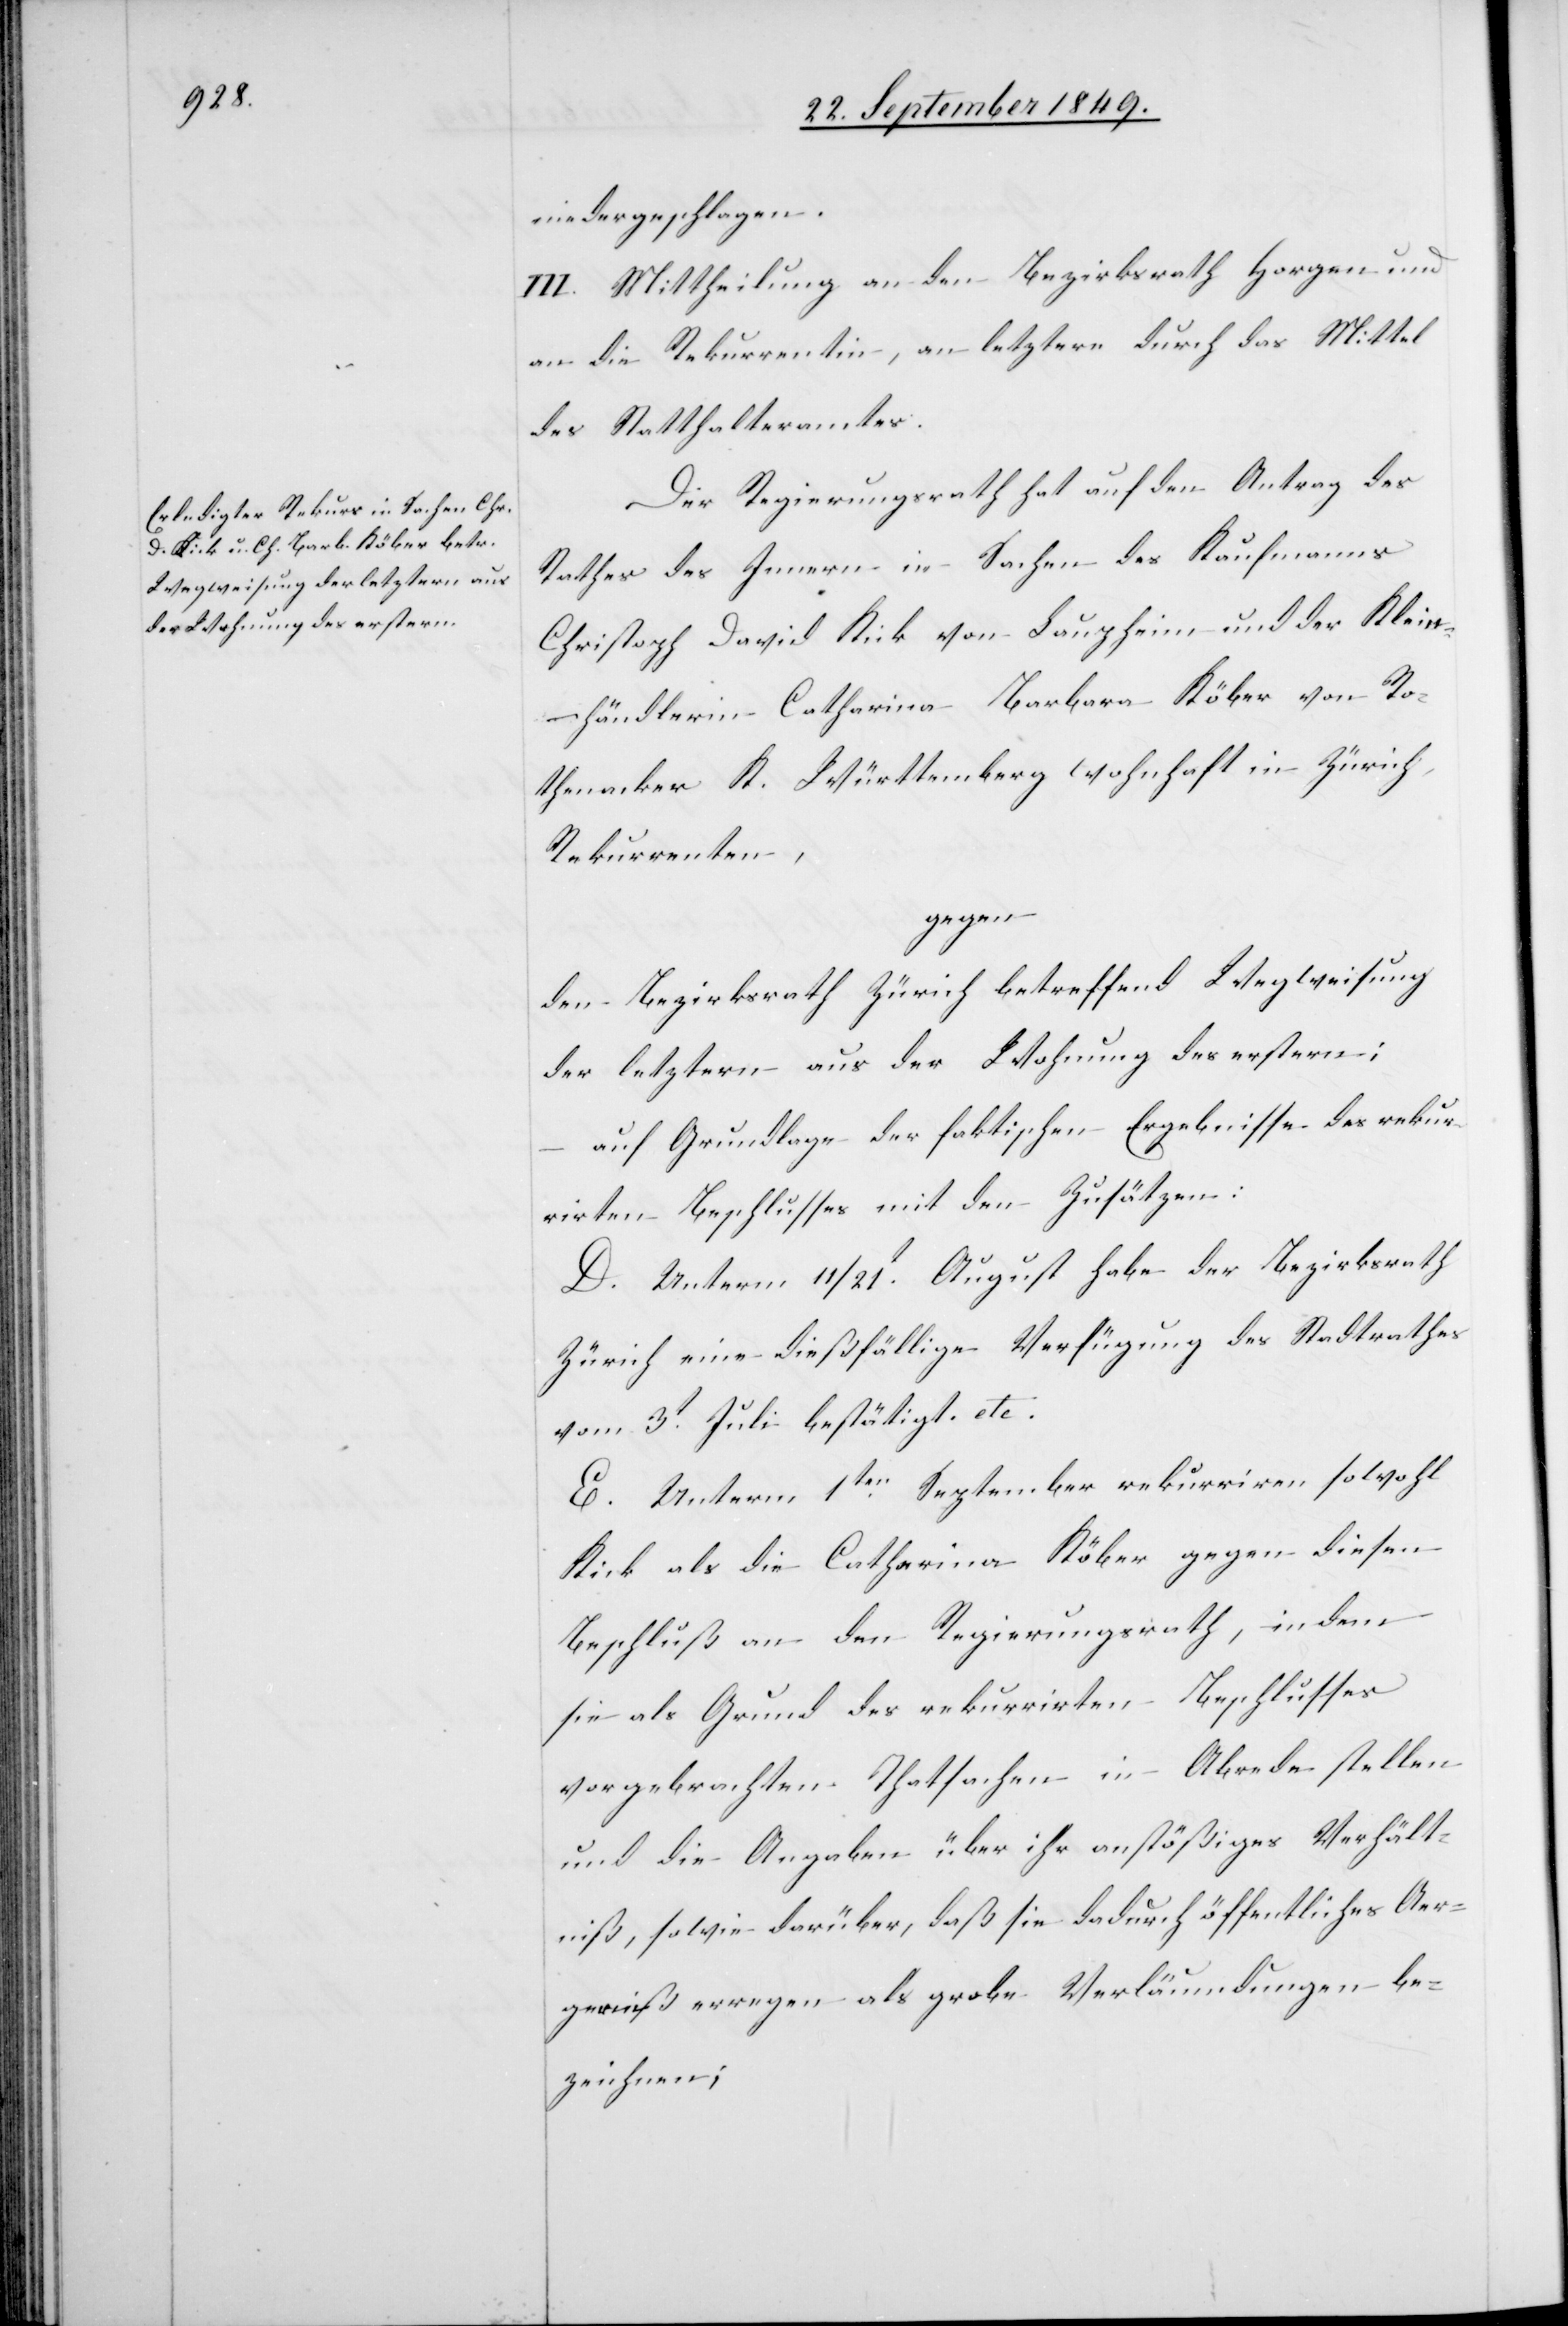
niedergeschlagen.
III. Mittheilung an den Bezirksrath Horgen und
an die Rekurrentin, an letztere durch das Mittel
des Statthalteramtes.
Der Regierungsrath hat auf den Antrag des
Rathes des Innern in Sachen des Kaufmanns
Christoph David Kick von Laupheim und der Klein¬
händlerin Catharina Barbara Köber von Ro¬
thenacker K. Württemberg wohnhaft in Zürich
Rekurrenten,
gegen
den Bezirksrath Zürich betreffend Wegweisung
der letztern aus der Wohnung des erstern;
auf Grundlage der faktischen Ergebnisse des rekur¬
rirten Beschlusses mit den Zusätzen:
D. Unterm 11/21t August habe der Bezirksrath
Zürich eine dießfällige Verfügung des Stadtrathes
vom 3t Juli bestätigt etc.
E. Unterm 1ten September rekurriren sowohl
Kick als die Catharina Köber gegen diesen
Beschluß an den Regierungsrath, indem
sie als Grund des rekurrirten Beschlusses
vorgebrachten Thatsachen in Abrede stellen
und die Angaben über ihr anstößiges Verhält¬
niß, sowie darüber, daß sie dadurch öffentliches Aer¬
gerniß erregen als grobe Verläumdungen be¬
zeichnen;